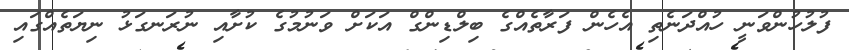
ފުލުހުންވަނީ ހުއްދަނެތި އެހެން ފަރާތެއްގެ ބިލްޑިންގް އަކަށް ވަނުމުގެ ކުށާއި ނުރަނގަޅު ނިޔަތެއްގައި